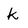
Character: k